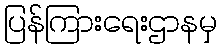
ပြန်ကြားရေးဌာနမှ